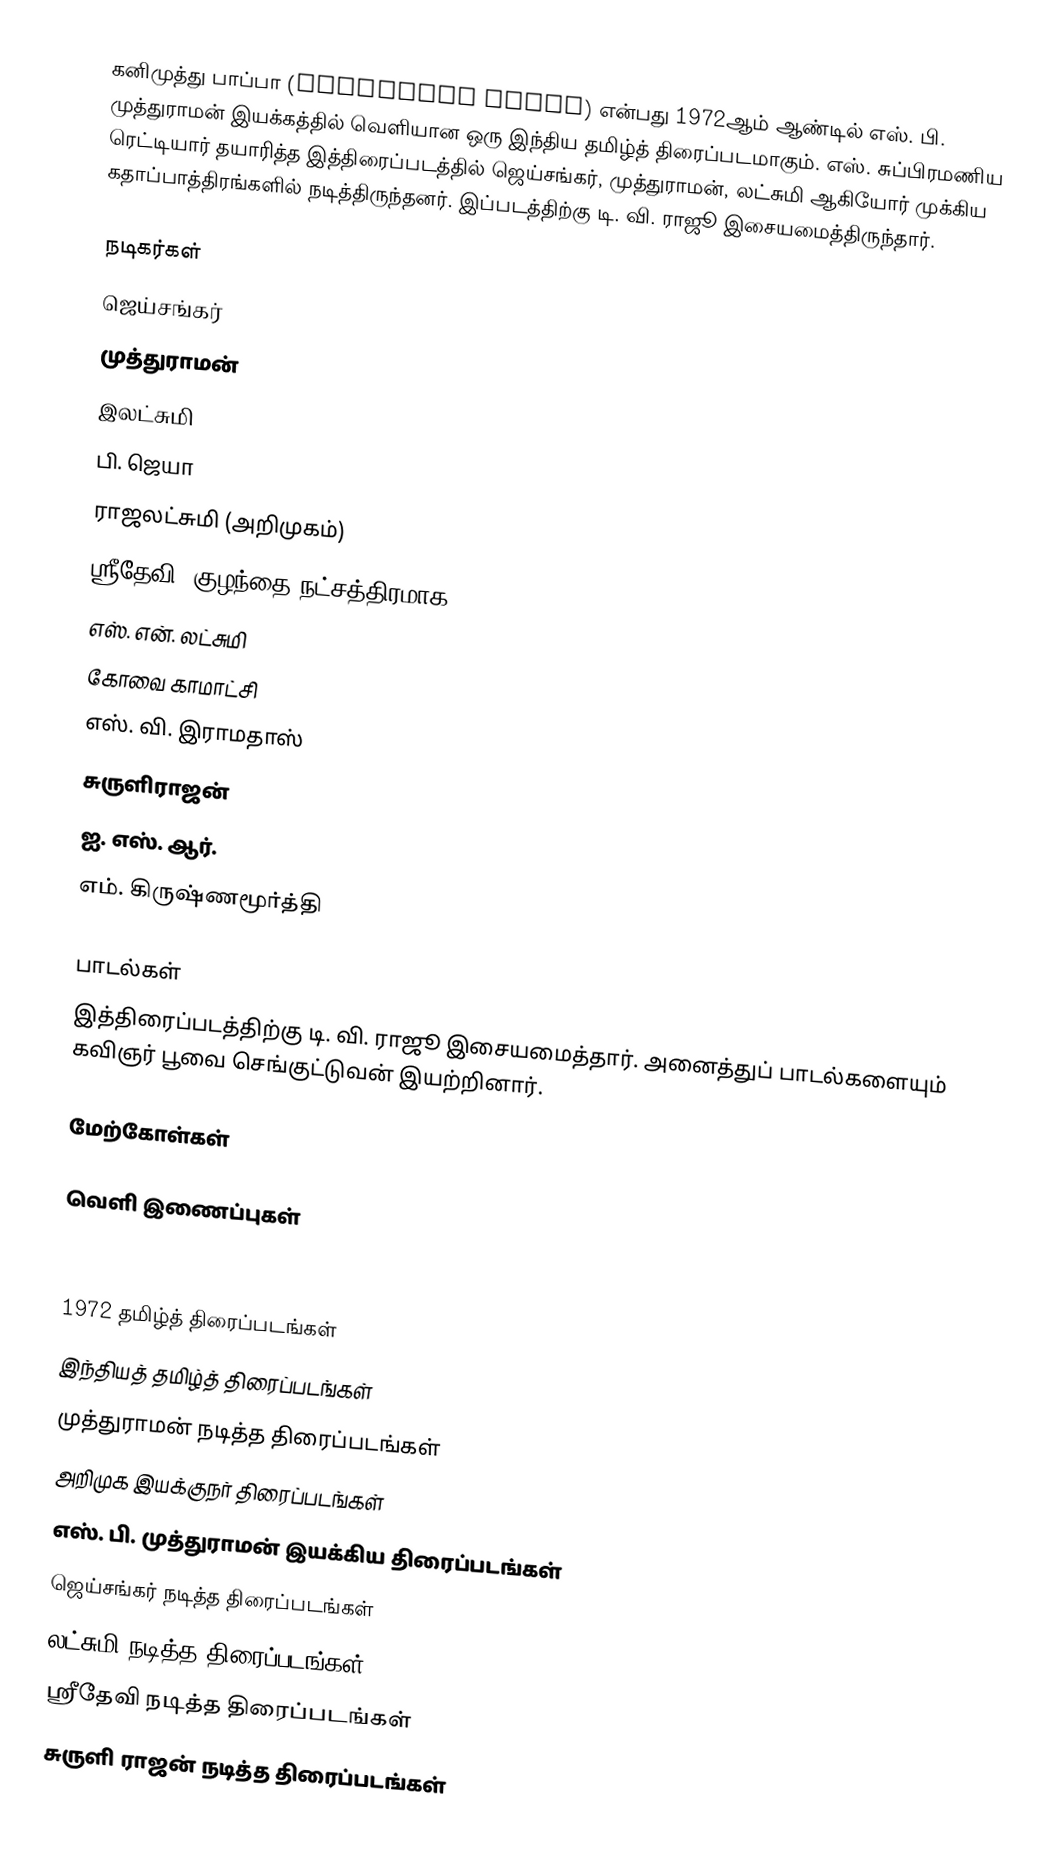
கனிமுத்து பாப்பா (Kanimuthu Pappa) என்பது 1972ஆம் ஆண்டில் எஸ். பி. முத்துராமன் இயக்கத்தில் வெளியான ஒரு இந்திய தமிழ்த் திரைப்படமாகும். எஸ். சுப்பிரமணிய ரெட்டியார் தயாரித்த இத்திரைப்படத்தில் ஜெய்சங்கர், முத்துராமன், லட்சுமி ஆகியோர் முக்கிய கதாப்பாத்திரங்களில் நடித்திருந்தனர். இப்படத்திற்கு டி. வி. ராஜூ இசையமைத்திருந்தார்.

நடிகர்கள்
ஜெய்சங்கர்
முத்துராமன்
இலட்சுமி
பி. ஜெயா
ராஜலட்சுமி (அறிமுகம்)
ஸ்ரீதேவி (குழந்தை நட்சத்திரமாக)
எஸ். என். லட்சுமி
கோவை காமாட்சி
எஸ். வி. இராமதாஸ்
சுருளிராஜன்
ஐ. எஸ். ஆர்.
எம். கிருஷ்ணமூர்த்தி

பாடல்கள்
இத்திரைப்படத்திற்கு டி. வி. ராஜூ இசையமைத்தார். அனைத்துப் பாடல்களையும் கவிஞர் பூவை செங்குட்டுவன் இயற்றினார்.

மேற்கோள்கள்

வெளி இணைப்புகள்

1972 தமிழ்த் திரைப்படங்கள்
இந்தியத் தமிழ்த் திரைப்படங்கள்
முத்துராமன் நடித்த திரைப்படங்கள்
அறிமுக இயக்குநர் திரைப்படங்கள்
எஸ். பி. முத்துராமன் இயக்கிய திரைப்படங்கள்
ஜெய்சங்கர் நடித்த திரைப்படங்கள்
லட்சுமி நடித்த திரைப்படங்கள்
ஸ்ரீதேவி நடித்த திரைப்படங்கள்
சுருளி ராஜன் நடித்த திரைப்படங்கள்